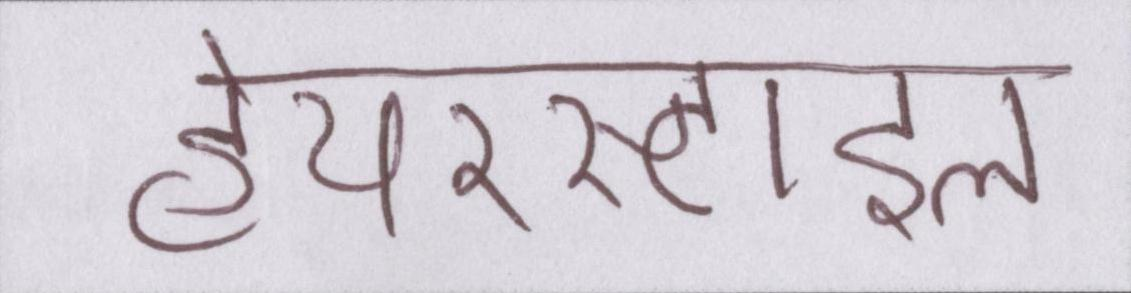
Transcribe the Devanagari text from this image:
हेयरस्टाइल